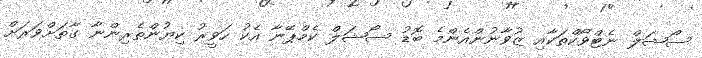
ސޯޝަލް ނެޓްވޯކްތަކާއި ޒުވާނުންއެންމެ ބޮޑު ސޯޝަލް ކެމްޕޭނާ އެކު ހަވީރު ކިޔުންތެރިންނާ ގާތަށްވަރަށް